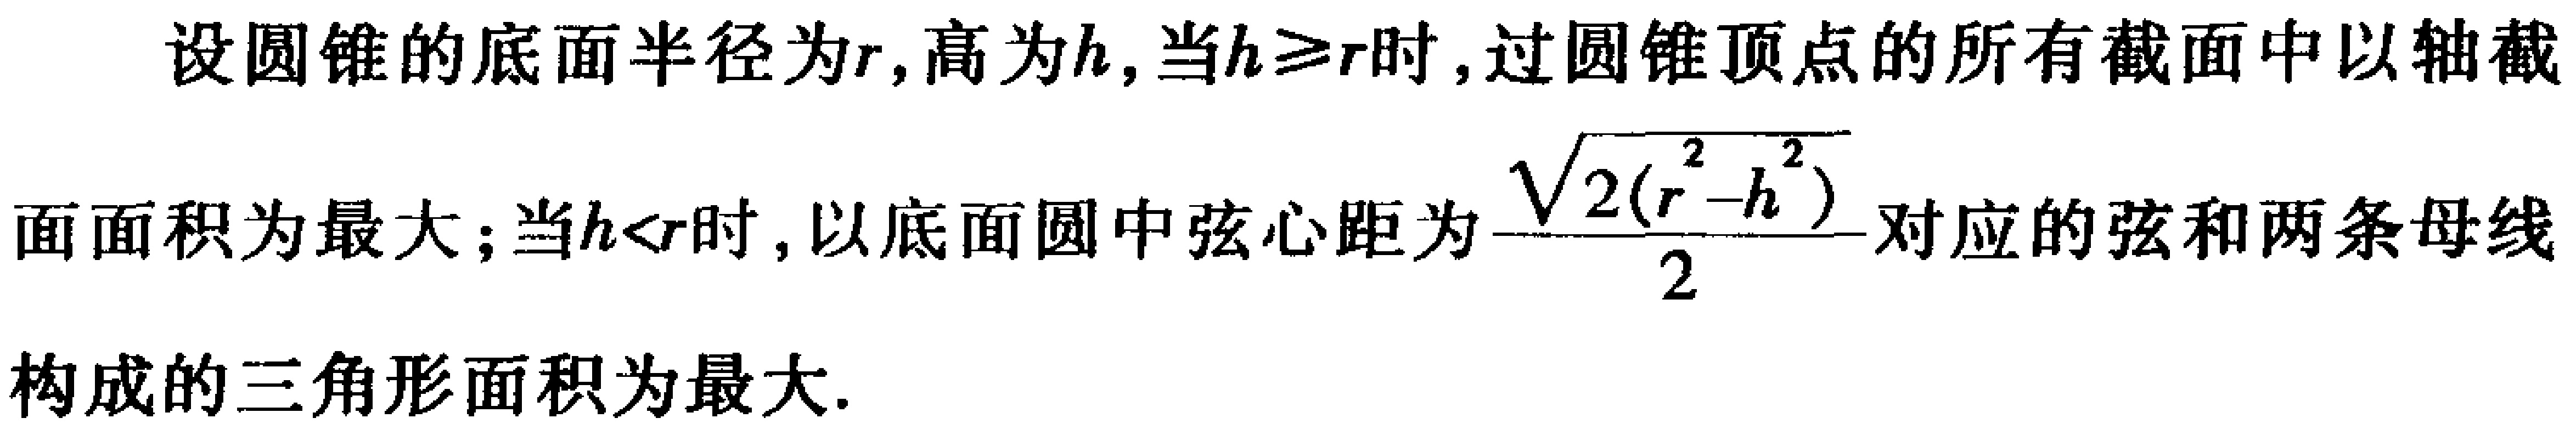
设圆锥的底面半径为\(r\)，高为\(h\)，当\(h\geq r\)时，过圆锥顶点的所有截面中以轴截面面积为最大；当\(h<r\)时，以底面圆中弦心距为\(\frac{\sqrt{2(r^{2}-h^{2})}}{2}\)对应的弦和两条母线构成的三角形面积为最大.